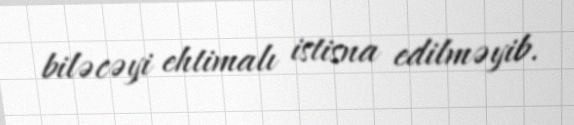
biləcəyi ehtimalı istisna edilməyib.